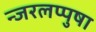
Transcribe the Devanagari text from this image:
न्जरलप्पुषा